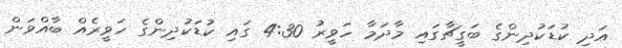
އަދި ކުޑަކުދިންގެ ބަގީޗާގައި މާދަމާ ހަވީރު 4:30 ގައި ކުޑަކުދިންގެ ހަވީރެއް ބާއްވަން